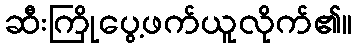
ဆီးကြိုပွေ့ဖက်ယူလိုက်၏။